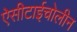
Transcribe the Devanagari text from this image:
ऐसीटाईचोलीन